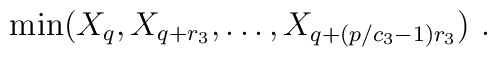
{\rm min}\big(X_q,X_{q+r_3},\ldots,X_{q+(p/c_3-1)r_3}\big)\ .